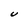
Character: U